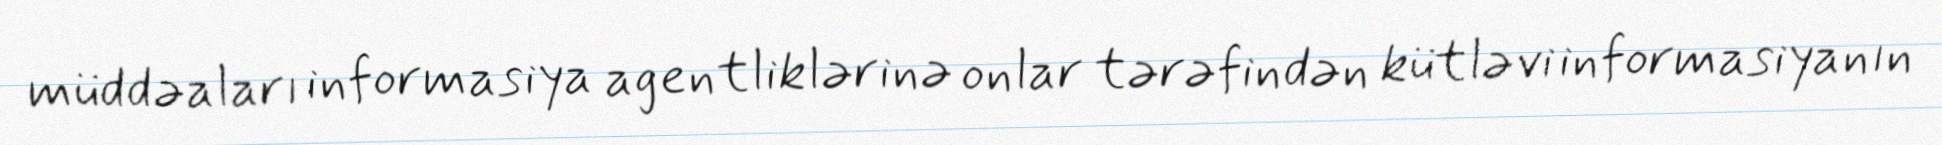
müddəaları informasiya agentliklərinə onlar tərəfindən kütləvi informasiyanın